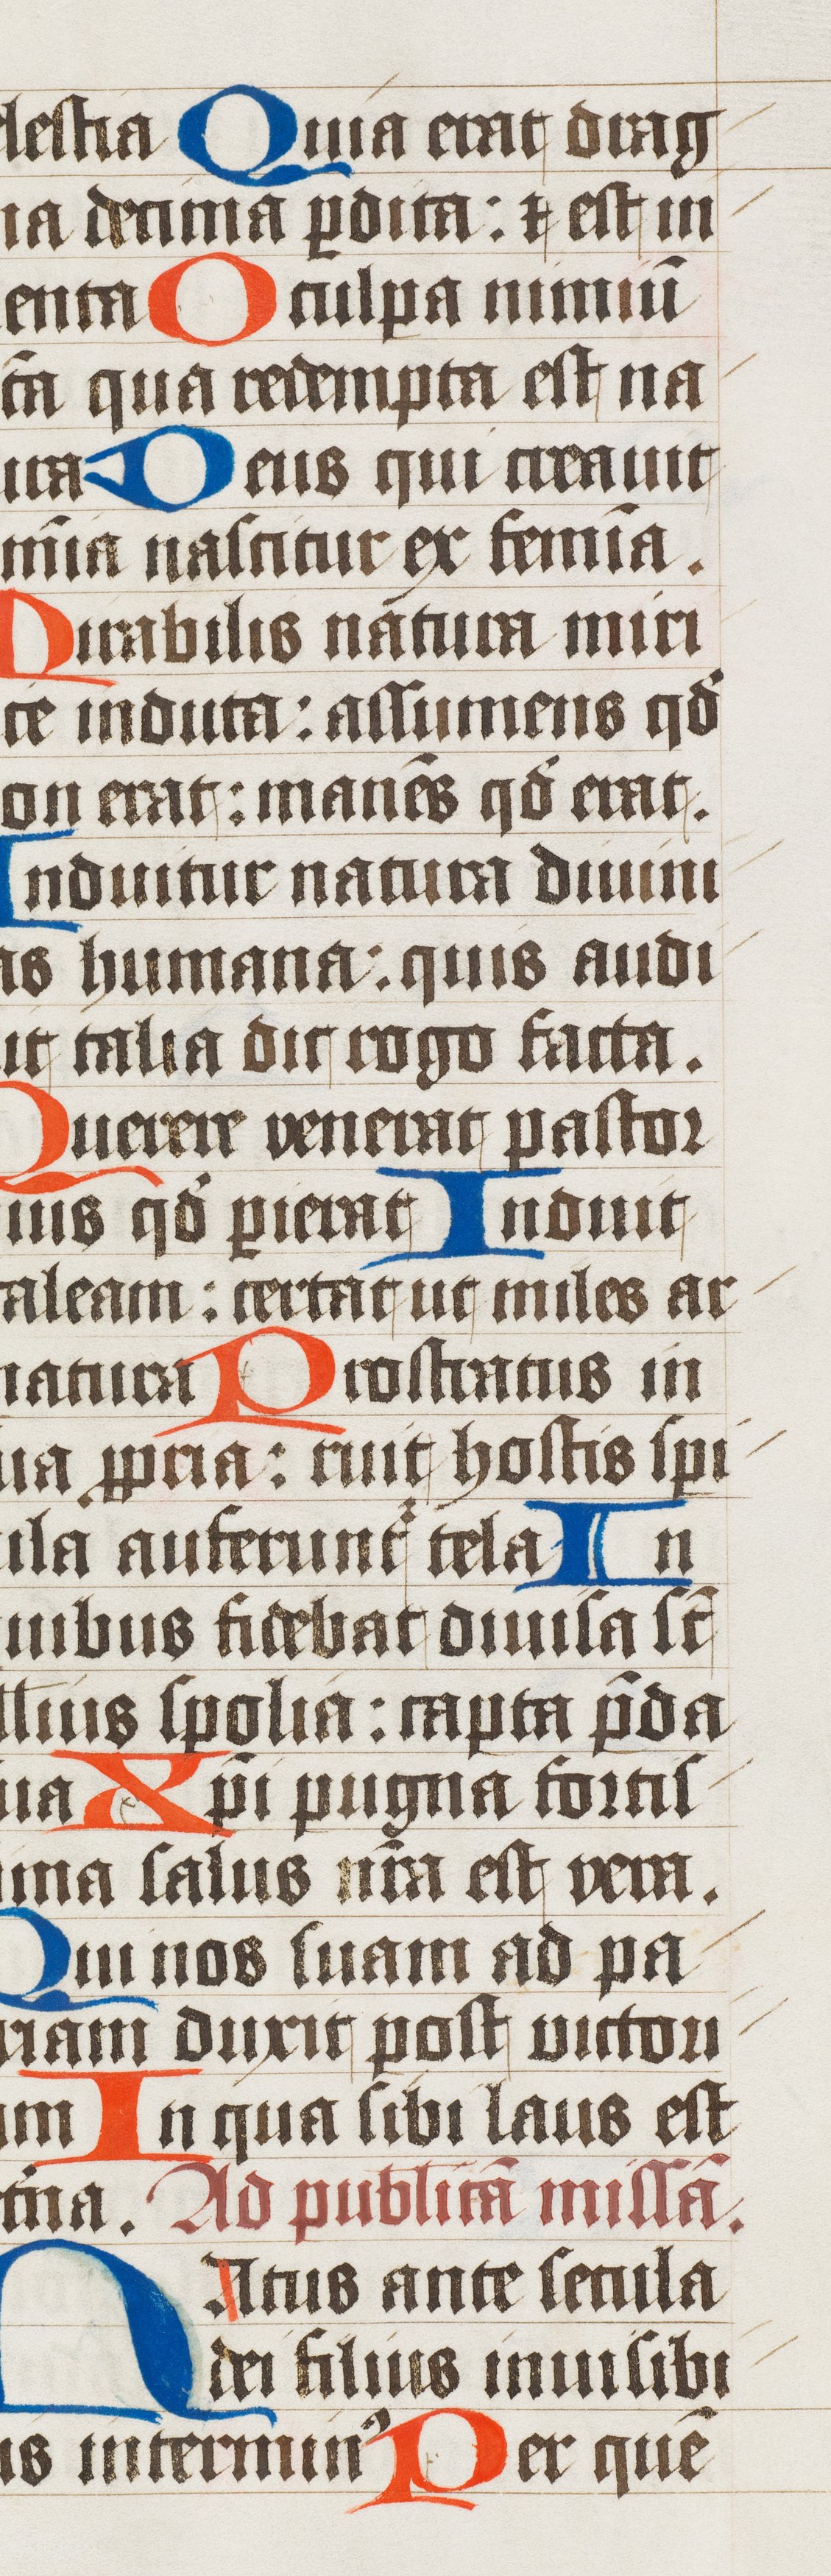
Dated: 1502–1527